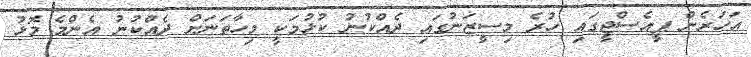
އަހަރެން ޕީއެސްޖީގައި ހުރެ މިސީޒަނުގައި ދެއްކުނު ކުޅުމަކީ މިހާތަނަށް ދެއްކުނު އެންމެ މޮޅު